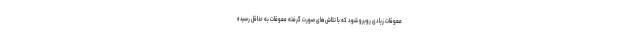
معوقات زیادی روبرو شود که با تلاش‌های صورت گرفته معوقات به حداقل رسیده